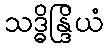
သဒ္ဓိန္ဒြိယံ